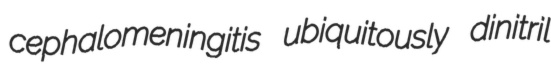
cephalomeningitis ubiquitously dinitril